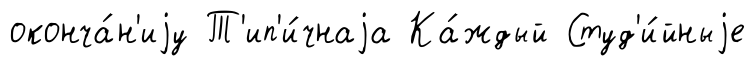
оконча́н'иjу Т'ип'и́чнаjа Ка́ждый Студ'и́йныjе